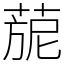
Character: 𦴪